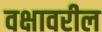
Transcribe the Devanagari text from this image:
वक्षावरील